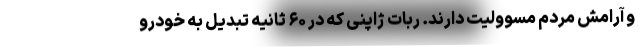
و آرامش مردم مسوولیت دارند. ربات ژاپنی که در ۶۰ ثانیه تبدیل به خودرو